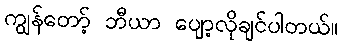
ကျွန်တော့် ဘီယာ ပျော့လိုချင်ပါတယ်။